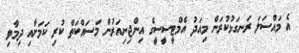
އެ މައްސަލަ ރަނގަޅުކުރަން މިއަދު އެމްޓީސީސީގެ އިންޖިނިއަރުން މަސައްކަތް ކުރި ކަމަށާއި ދިމާވި